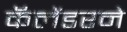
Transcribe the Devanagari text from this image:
कॅलेंडरने